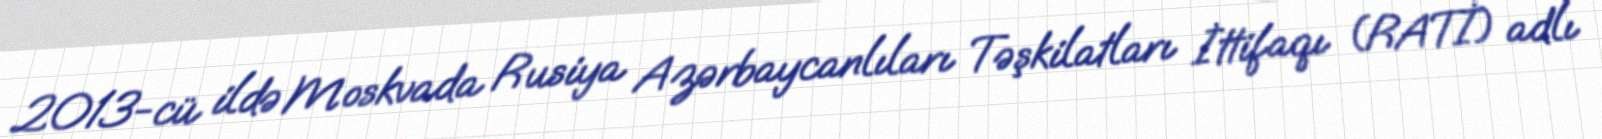
2013-cü ildə Moskvada Rusiya Azərbaycanlıları Təşkilatları İttifaqı (RATİ) adlı